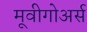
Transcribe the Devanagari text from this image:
मूवीगोअर्स